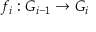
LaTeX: f _ { i } : G _ { i - 1 } \to G _ { i }